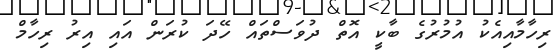
ރިހާމާއިއެކު އުމުރުގެ ބާކީ އޮތް ދުވަސްތައް ހޭދަ ކުރަން އައި އިރު ރިހާމް